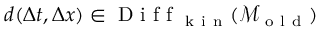
d ( \Delta t , \Delta x ) \in \mathrm { ~ D ~ i ~ f ~ f ~ } _ { \mathrm { ~ k ~ i ~ n ~ } } ( \mathcal { M } _ { \mathrm { ~ o ~ l ~ d ~ } } )